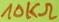
Text: 10KΩ